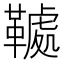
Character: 𩌲